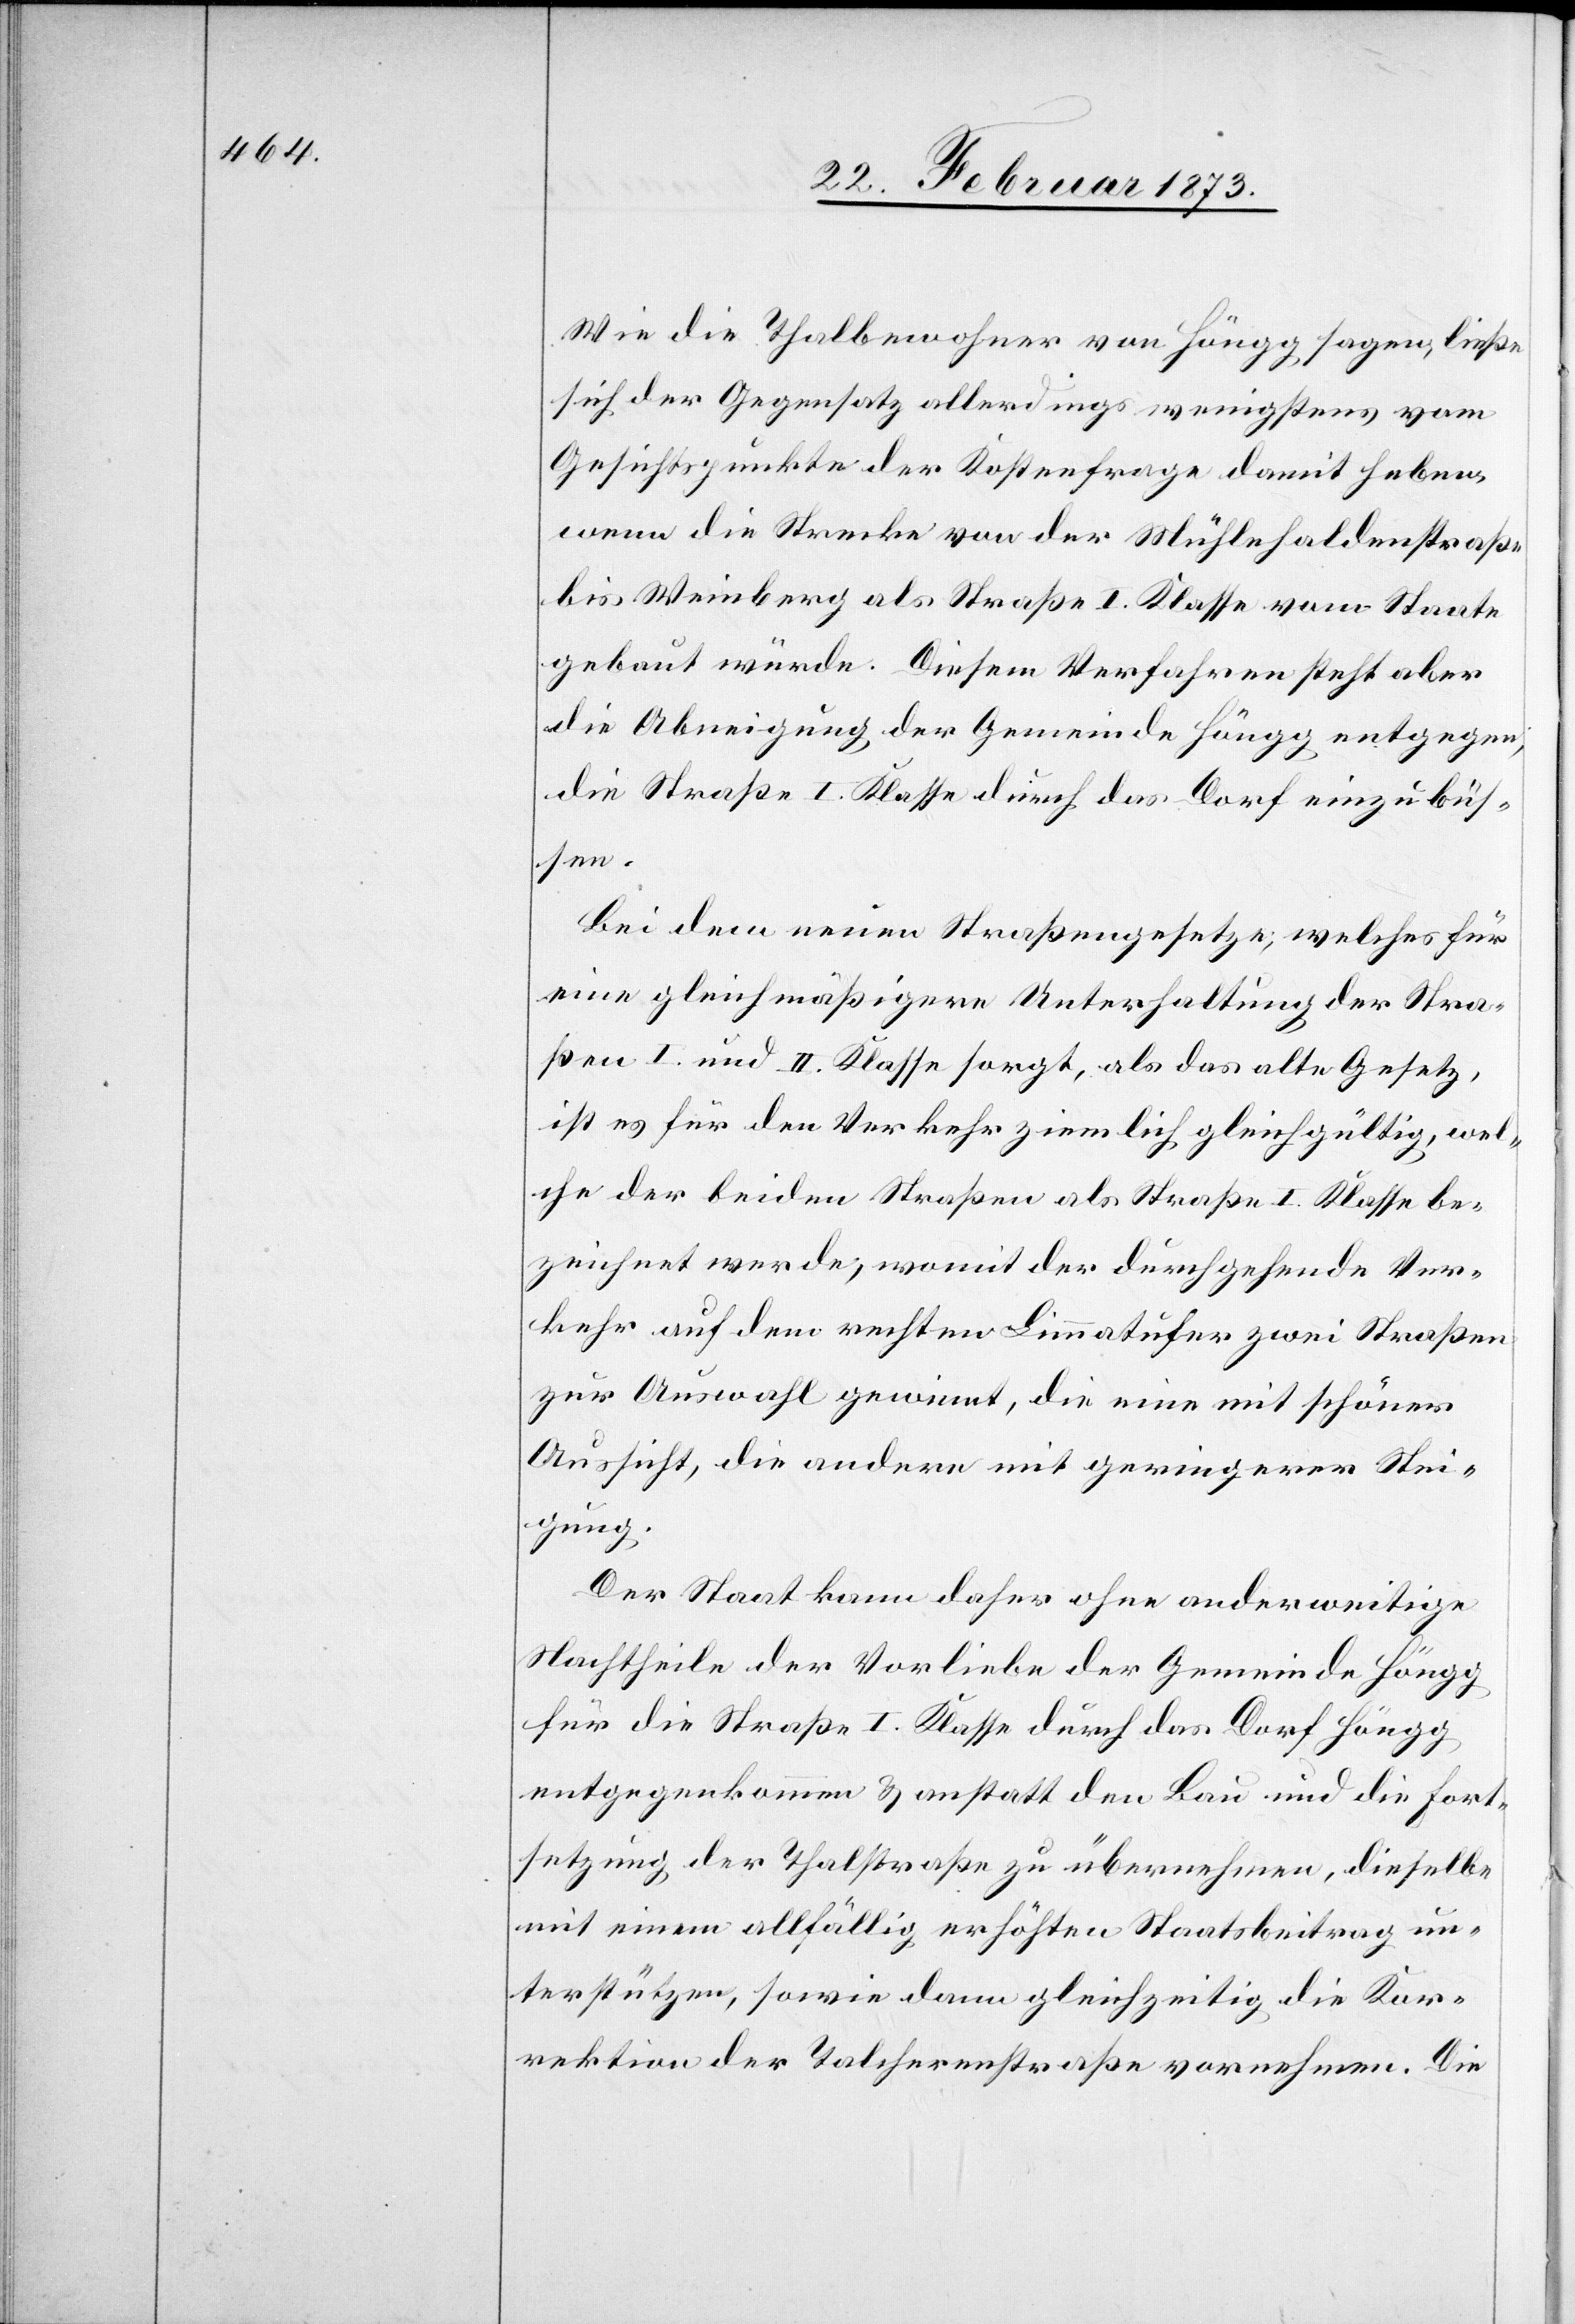
Wie die Thalbewohner von Höngg sagen, ließe
sich der Gegensatz allerdings wenigstens vom
Gesichtspunkte der Kostenfrage damit heben,
wenn die Strecke von der Mühlehaldenstraße
bis Weinberg als Straße I. Klasse vom Staate
gebaut würde. Diesem Verfahren steht aber
die Abneigung der Gemeinde Höngg entgegen,
die Straße I. Klasse durch das Dorf einzubüs¬
sen.
Bei dem einen Straßengesetze; welches für
eine gleichmäßigere Unterhaltung der Stra¬
ßen I. und II. Klasse sorgt, als das alte Gesetz,
ist es für den Verkehr ziemlich gleichgültig, wel¬
che der beiden Straßen als Straße I. Klasse be¬
zeichnet werde, womit der durchgehende Ver¬
kehr auf dem rechten Limmatufer zwei Straßen
zur Auswahl gewinnt, die eine mit schöner
Aussicht, die andere mit geringerer Stei¬
gung.
Der Staat kann daher ohne anderweitige
Nachtheile der Vorliebe der Gemeinde Höngg
für die Straße I. Klasse durch das Dorf Höngg
entgegenkommen u. anstatt den Bau und die Fort¬
setzung der Thalstraße zu übernehmen, dieselbe
mit einem allfällig erhöhten Staatsbeitrag un¬
terstützen, sowie dann gleichzeitig die Kor¬
rektion der Talcherenstraße vornehmen. Die